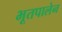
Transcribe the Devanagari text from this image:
भूतपालेन